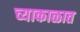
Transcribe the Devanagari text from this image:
च्याकाळात